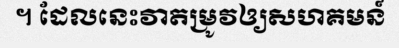
។ ដែលនេះវាតម្រូវឲ្យសហគមន៍